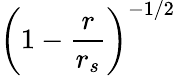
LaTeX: \left(1-\frac{r}{r_{s}}\right)^{-1/2}